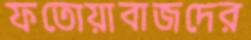
ফতোয়াবাজদের